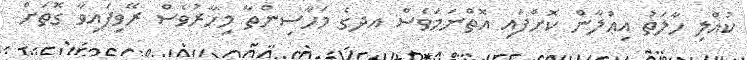
ކުއްލި ހާލަތު އިޢްލާން ކޮށްފައި އޮތްނަމަވެސް އދގެ މަހާސިންތާ މިހާރުވެސް ރޭވިފައިވާ ގޮތަށް